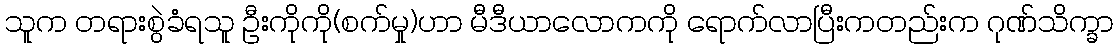
သူက တရားစွဲခံရသူ ဦးကိုကို(စက်မှု)ဟာ မီဒီယာလောကကို ရောက်လာပြီးကတည်းက ဂုဏ်သိက္ခာ